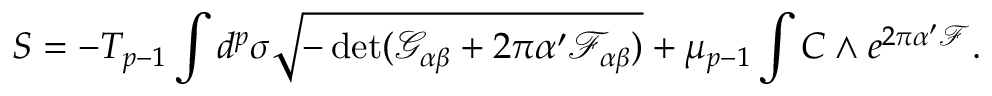
S = - T _ { p - 1 } \int d ^ { p } \sigma \sqrt { - \operatorname * { d e t } ( \mathcal { G } _ { \alpha \beta } + 2 \pi \alpha ^ { \prime } \mathcal { F } _ { \alpha \beta } ) } + \mu _ { p - 1 } \int C \wedge e ^ { 2 \pi \alpha ^ { \prime } \mathcal { F } } .